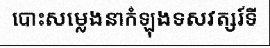
បោះសម្លេងនាកំឡុងទសវត្សរ៍ទី